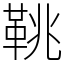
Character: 鞉